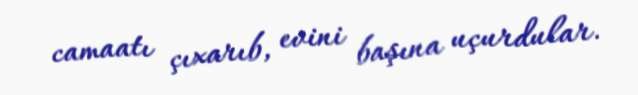
camaatı çıxarıb, evini başına uçurdular.